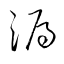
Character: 漏